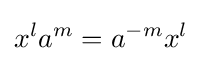
x^{l}a^{m}=a^{-m}x^{l}